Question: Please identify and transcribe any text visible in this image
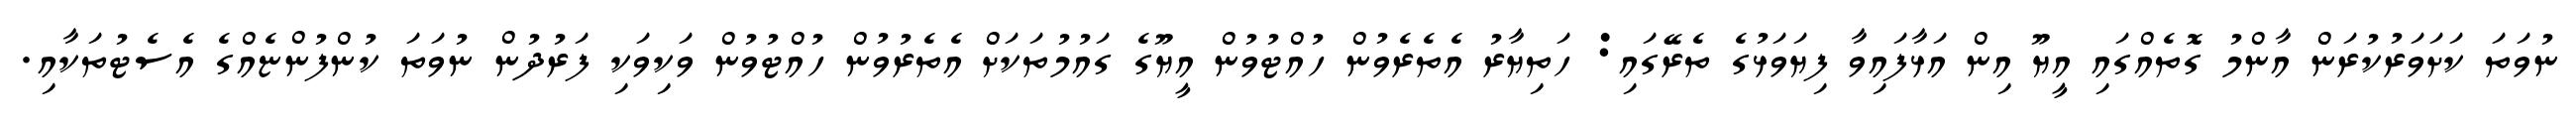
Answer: ނުވަތަ ކަށަވަރުކުރަން އާންމު ގޮތެއްގައި އީޔޫ އިން އަޅާފައިވާ ފިޔަވަޅުގެ ތެރޭގައި: ހަތިޔާރު އެތެރެވުން ހުއްޓުވުން އީޔޫގެ ގައުމުތަކަށް އެތެރުވުން ހުއްޓުވުން ވަކިވަކި ފަރުދުން ނުވަތަ ކުންފުންޏެއްގެ އެސެޓުތަކާއި.